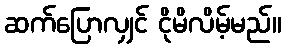
ဆက်ပြောလျှင် ငိုမိလိမ့်မည်။